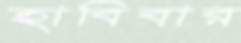
হাবিবার